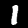
Digit: 1